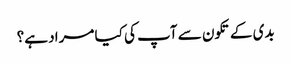
بدی کے تکون سے آپ کی کیا مراد ہے؟